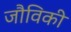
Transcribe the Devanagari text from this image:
जौविकी